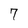
Character: 7